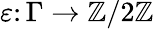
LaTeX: \varepsilon\colon\Gamma\to\mathbb{Z}/2\mathbb{Z}